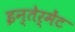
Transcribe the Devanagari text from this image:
इन्तेर्मेंट